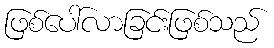
ဖြစ်ပေါ်လာခြင်းဖြစ်သည်